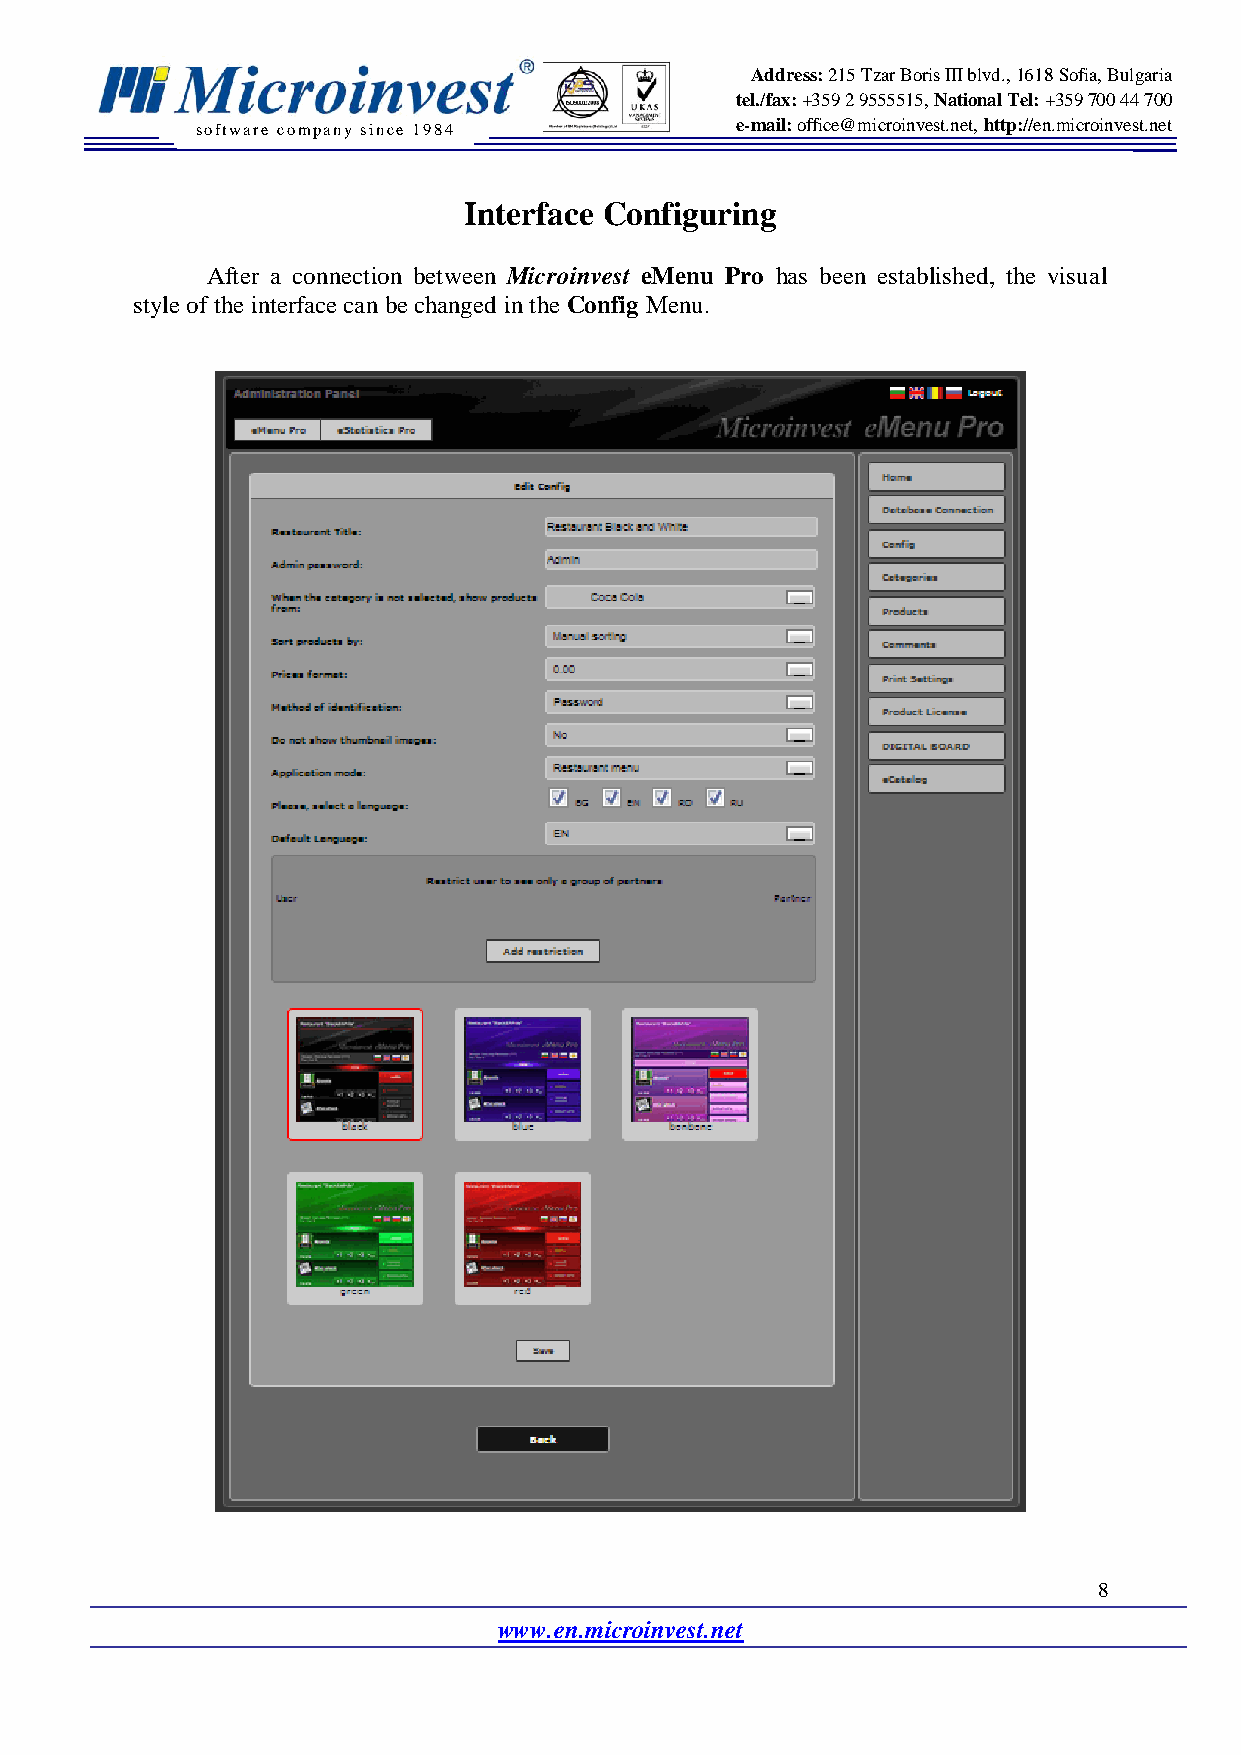
Address: 215 Tzar Boris III blvd., 1618 Sofia, Bulgaria
 tel./fax: +359 2 9555515, National Tel: +359 700 44 700
 software company since 19 84        e-mail: office@microinvest.net, http://en.microinvest.net
 Interface Configuring
 After a connection between Microinvest eMenu Pro has been established, the visual
 style of the interface can be changed in the Config Menu.
 8
 www.en.microinvest.net